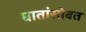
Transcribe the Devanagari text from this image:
घातांसोबत